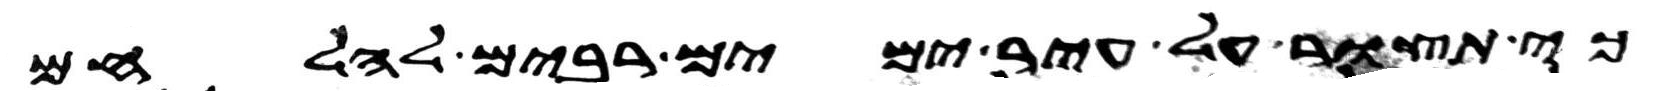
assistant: כי תצור על עיר ימים רבים להלחם